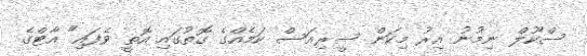
ސްކޫލް ނިމުނު އިރު މިކަން ސީރިއަސް ކަމެއްގެ ގޮތުގައި އޮތީ ވެފައި" އާޓްގެ